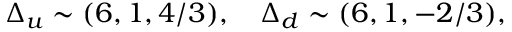
\Delta _ { u } \sim ( 6 , 1 , 4 / 3 ) , ~ ~ ~ \Delta _ { d } \sim ( 6 , 1 , - 2 / 3 ) ,